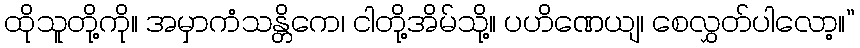
ထိုသူတို့ကို။ အမှာကံသန္တိကေ၊ ငါတို့အိမ်သို့။ ပဟိဏေယျ၊ စေလွှတ်ပါလော့။”